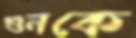
গুনকে